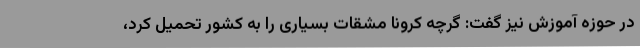
در حوزه آموزش نیز گفت: گرچه کرونا مشقات بسیاری را به کشور تحمیل کرد،